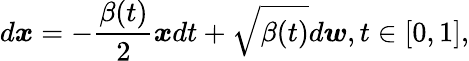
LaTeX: d\boldsymbol{x}=-\frac{\beta(t)}{2}\boldsymbol{x}dt+\sqrt{\beta(t)}d\boldsymbol{w},t\in[0,1],